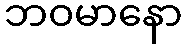
ဘဝမာနော